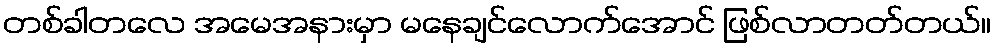
တစ်ခါတလေ အမေအနားမှာ မနေချင်လောက်အောင် ဖြစ်လာတတ်တယ်။